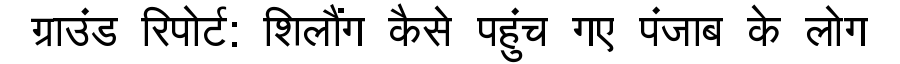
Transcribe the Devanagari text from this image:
ग्राउंड रिपोर्ट: शिलौंग कैसे पहुंच गए पंजाब के लोग